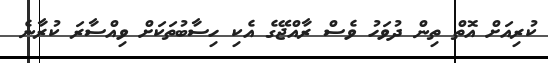
ކުރިއަށް އޮތް ތިން ދުވަހު ވެސް ރާއްޖޭގެ އެކި ހިސާބުތަކަށް ވިއްސާރަ ކުރާނެ